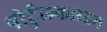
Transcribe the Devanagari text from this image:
पोर्टुलकास्द्रम